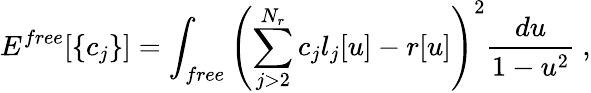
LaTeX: E^{free}[\{ c_{j}\} ]=\int_{free}\left(\sum_{j>2}^{N_{r}}c_{j}l_{j}[u]-r[u]\right)^{2}\frac{d{u}}{1-u^{2}}\ ,